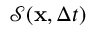
\mathcal { S } ( \mathbf { x } , \Delta t )